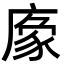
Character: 𢊔